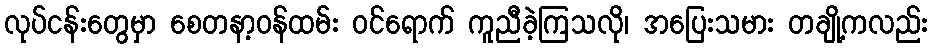
လုပ်ငန်းတွေမှာ စေတနာ့ဝန်ထမ်း ဝင်ရောက် ကူညီခဲ့ကြသလို၊ အပြေးသမား တချို့ကလည်း